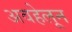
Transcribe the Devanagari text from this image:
अवहेलून